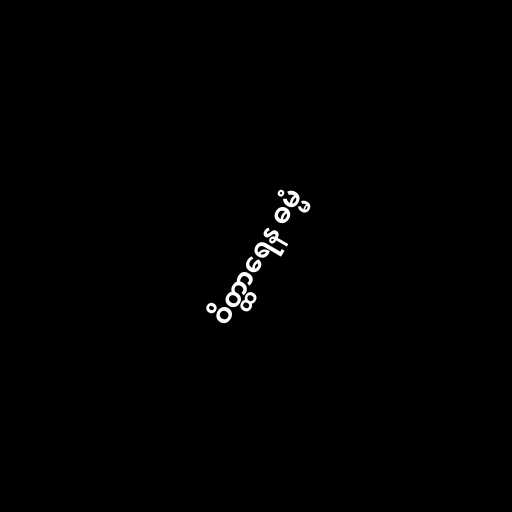
ဝိတ္ထာရေန ဓမ္မံ